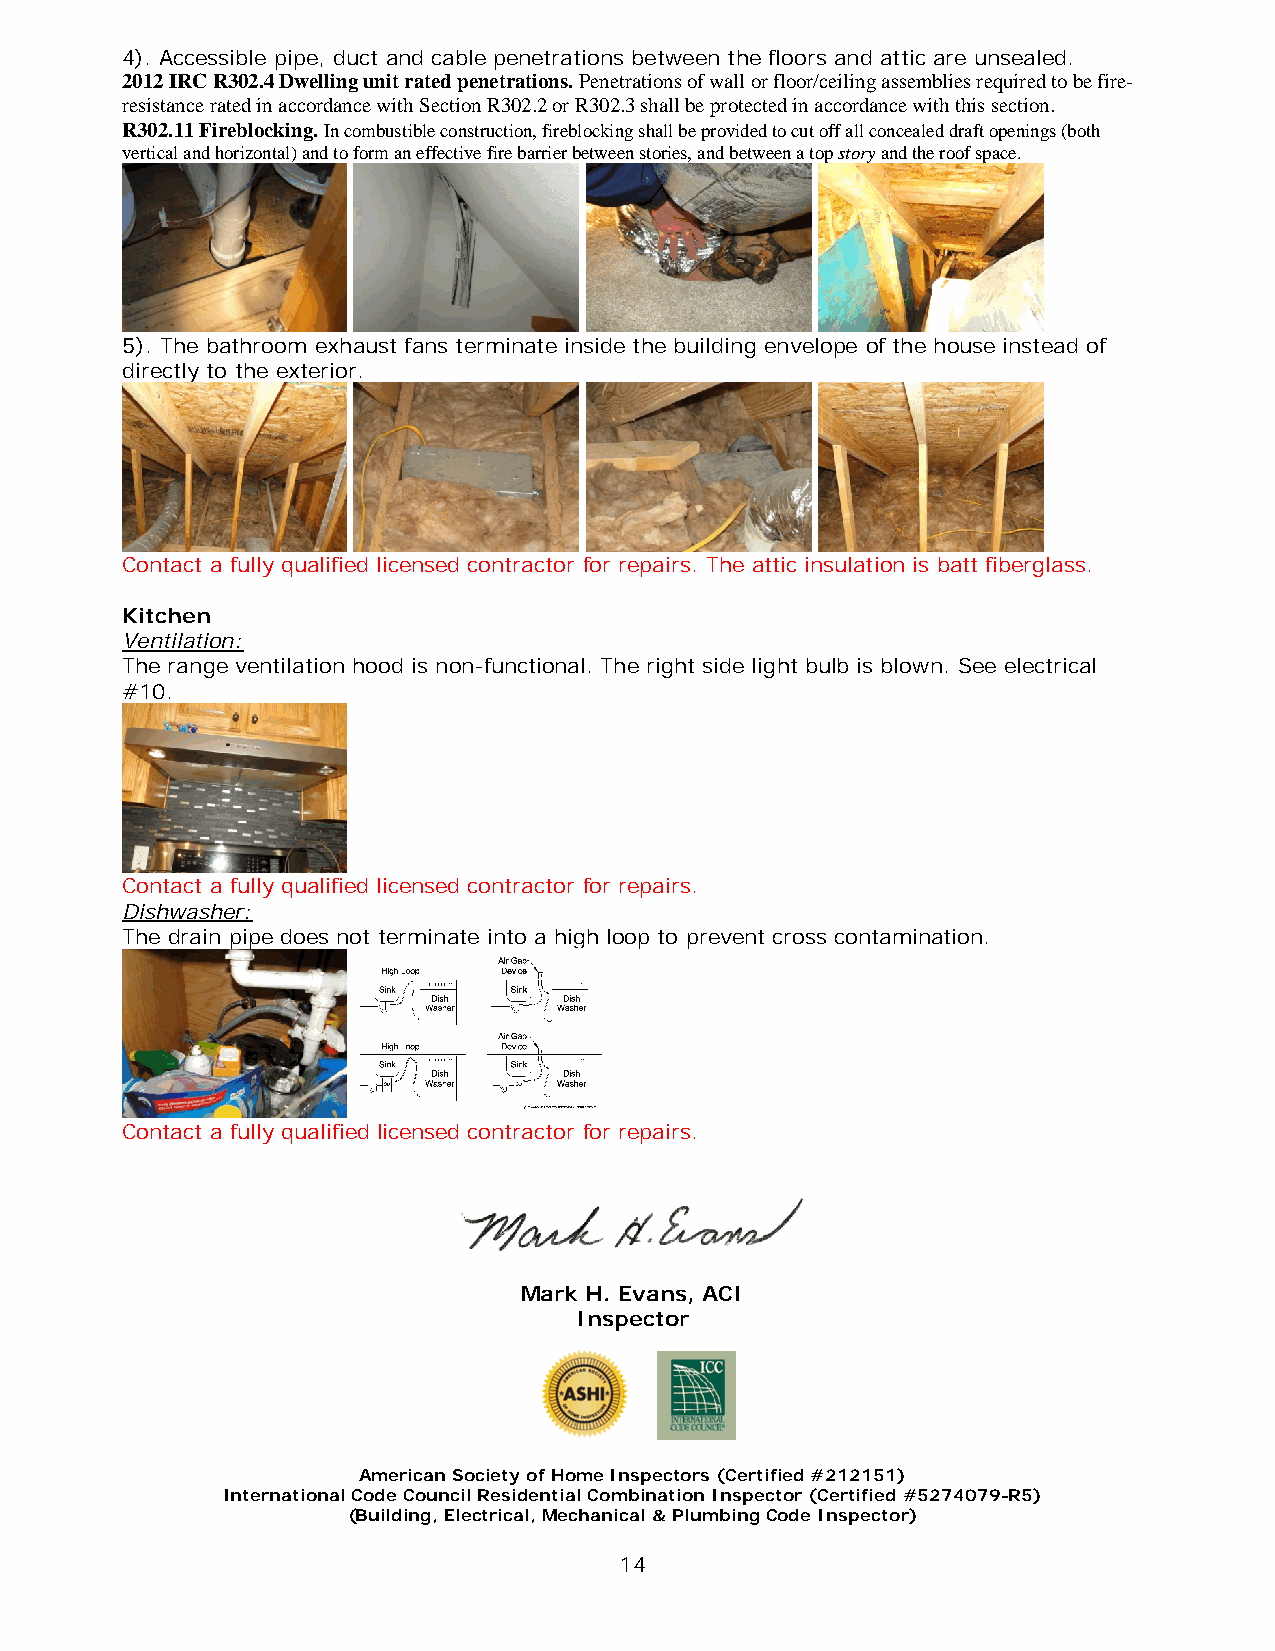
4). Accessible pipe, duct and cable penetrations between the floors and attic are unsealed.
 2012 IRC R302.4 Dwelling unit rated penetrations. Penetrations of wall or floor/ceiling assemblies required to be fire-
 resistance rated in accordance with Section R302.2 or R302.3 shall be protected in accordance with this section.
 R302.11 Fireblocking. In combustible construction, fireblocking shall be provided to cut off all concealed draft openings (both
 vertical and horizontal) and to form an effective fire barrier between stories, and between a top story and the roof space.
 5). The bathroom exhaust fans terminate inside the building envelope of the house instead of
 directly to the exterior.
 Contact a fully qualified licensed contractor for repairs. The attic insulation is batt fiberglass.
 Kitchen
 Ventilation:
 The range ventilation hood is non-functional. The right side light bulb is blown. See electrical
 #10.
 Contact a fully qualified licensed contractor for repairs.
 Dishwasher:
 The drain pipe does not terminate into a high loop to prevent cross contamination.
 Contact a fully qualified licensed contractor for repairs.
 Mark H. Evans, ACI
 Inspector
 American Society of Home Inspectors (Certified #212151)
 International Code Council Residential Combination Inspector (Certified #5274079-R5)
 (Building, Electrical, Mechanical & Plumbing Code Inspector)
 14